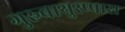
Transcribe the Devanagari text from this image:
गुरुवायुरप्पास